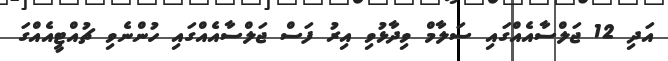
އަދި 12 ޖަލްސާއެއްގައި ސަލާމް ވިދާޅުވި އިރު ފަސް ޖަލްސާއެއްގައި ހުންނެވި ޗުއްޓީއެއްގަ